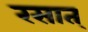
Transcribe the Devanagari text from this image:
रसात्